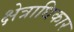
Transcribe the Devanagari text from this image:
क्ष्‍ोत्राधिकार